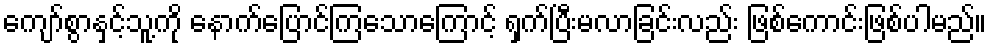
ကျော်စွာနှင့်သူ့ကို နောက်ပြောင်ကြသောကြောင့် ရှက်ပြီးမလာခြင်းလည်း ဖြစ်ကောင်းဖြစ်ပါမည်။